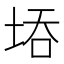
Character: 𭎝